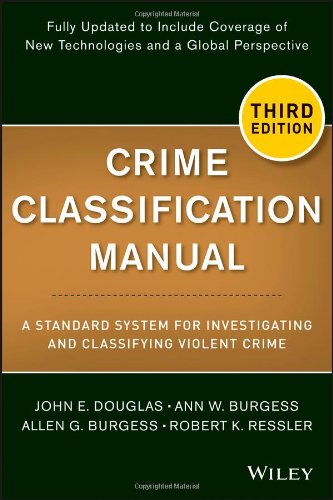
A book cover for Crime Classification Manual: A Standard System for Investigating and Classifying Violent Crime; John Douglas; Medical Books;